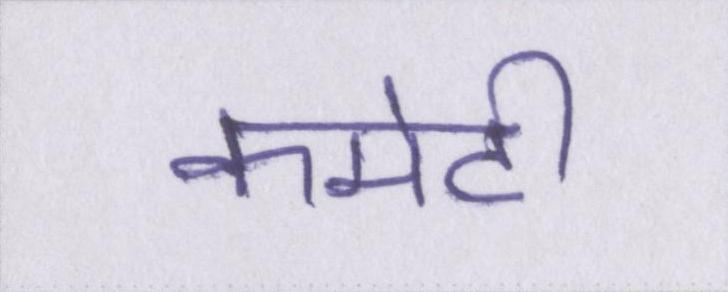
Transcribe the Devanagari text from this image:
कमेटी